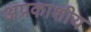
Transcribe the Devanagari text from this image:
अप्रकाशीय